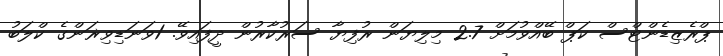
ޕްރެޒިޑެންޓްސް ކަޕް ބޭއްވުމަށް 2.7 މިލިޔަން ރުފިޔާ ސަރުކާރުން ދީފައިވޭ. 1ވަނަޑިވިޜަންގެ ކްލަބު